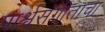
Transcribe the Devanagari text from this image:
पार्श्वसंगीताचा